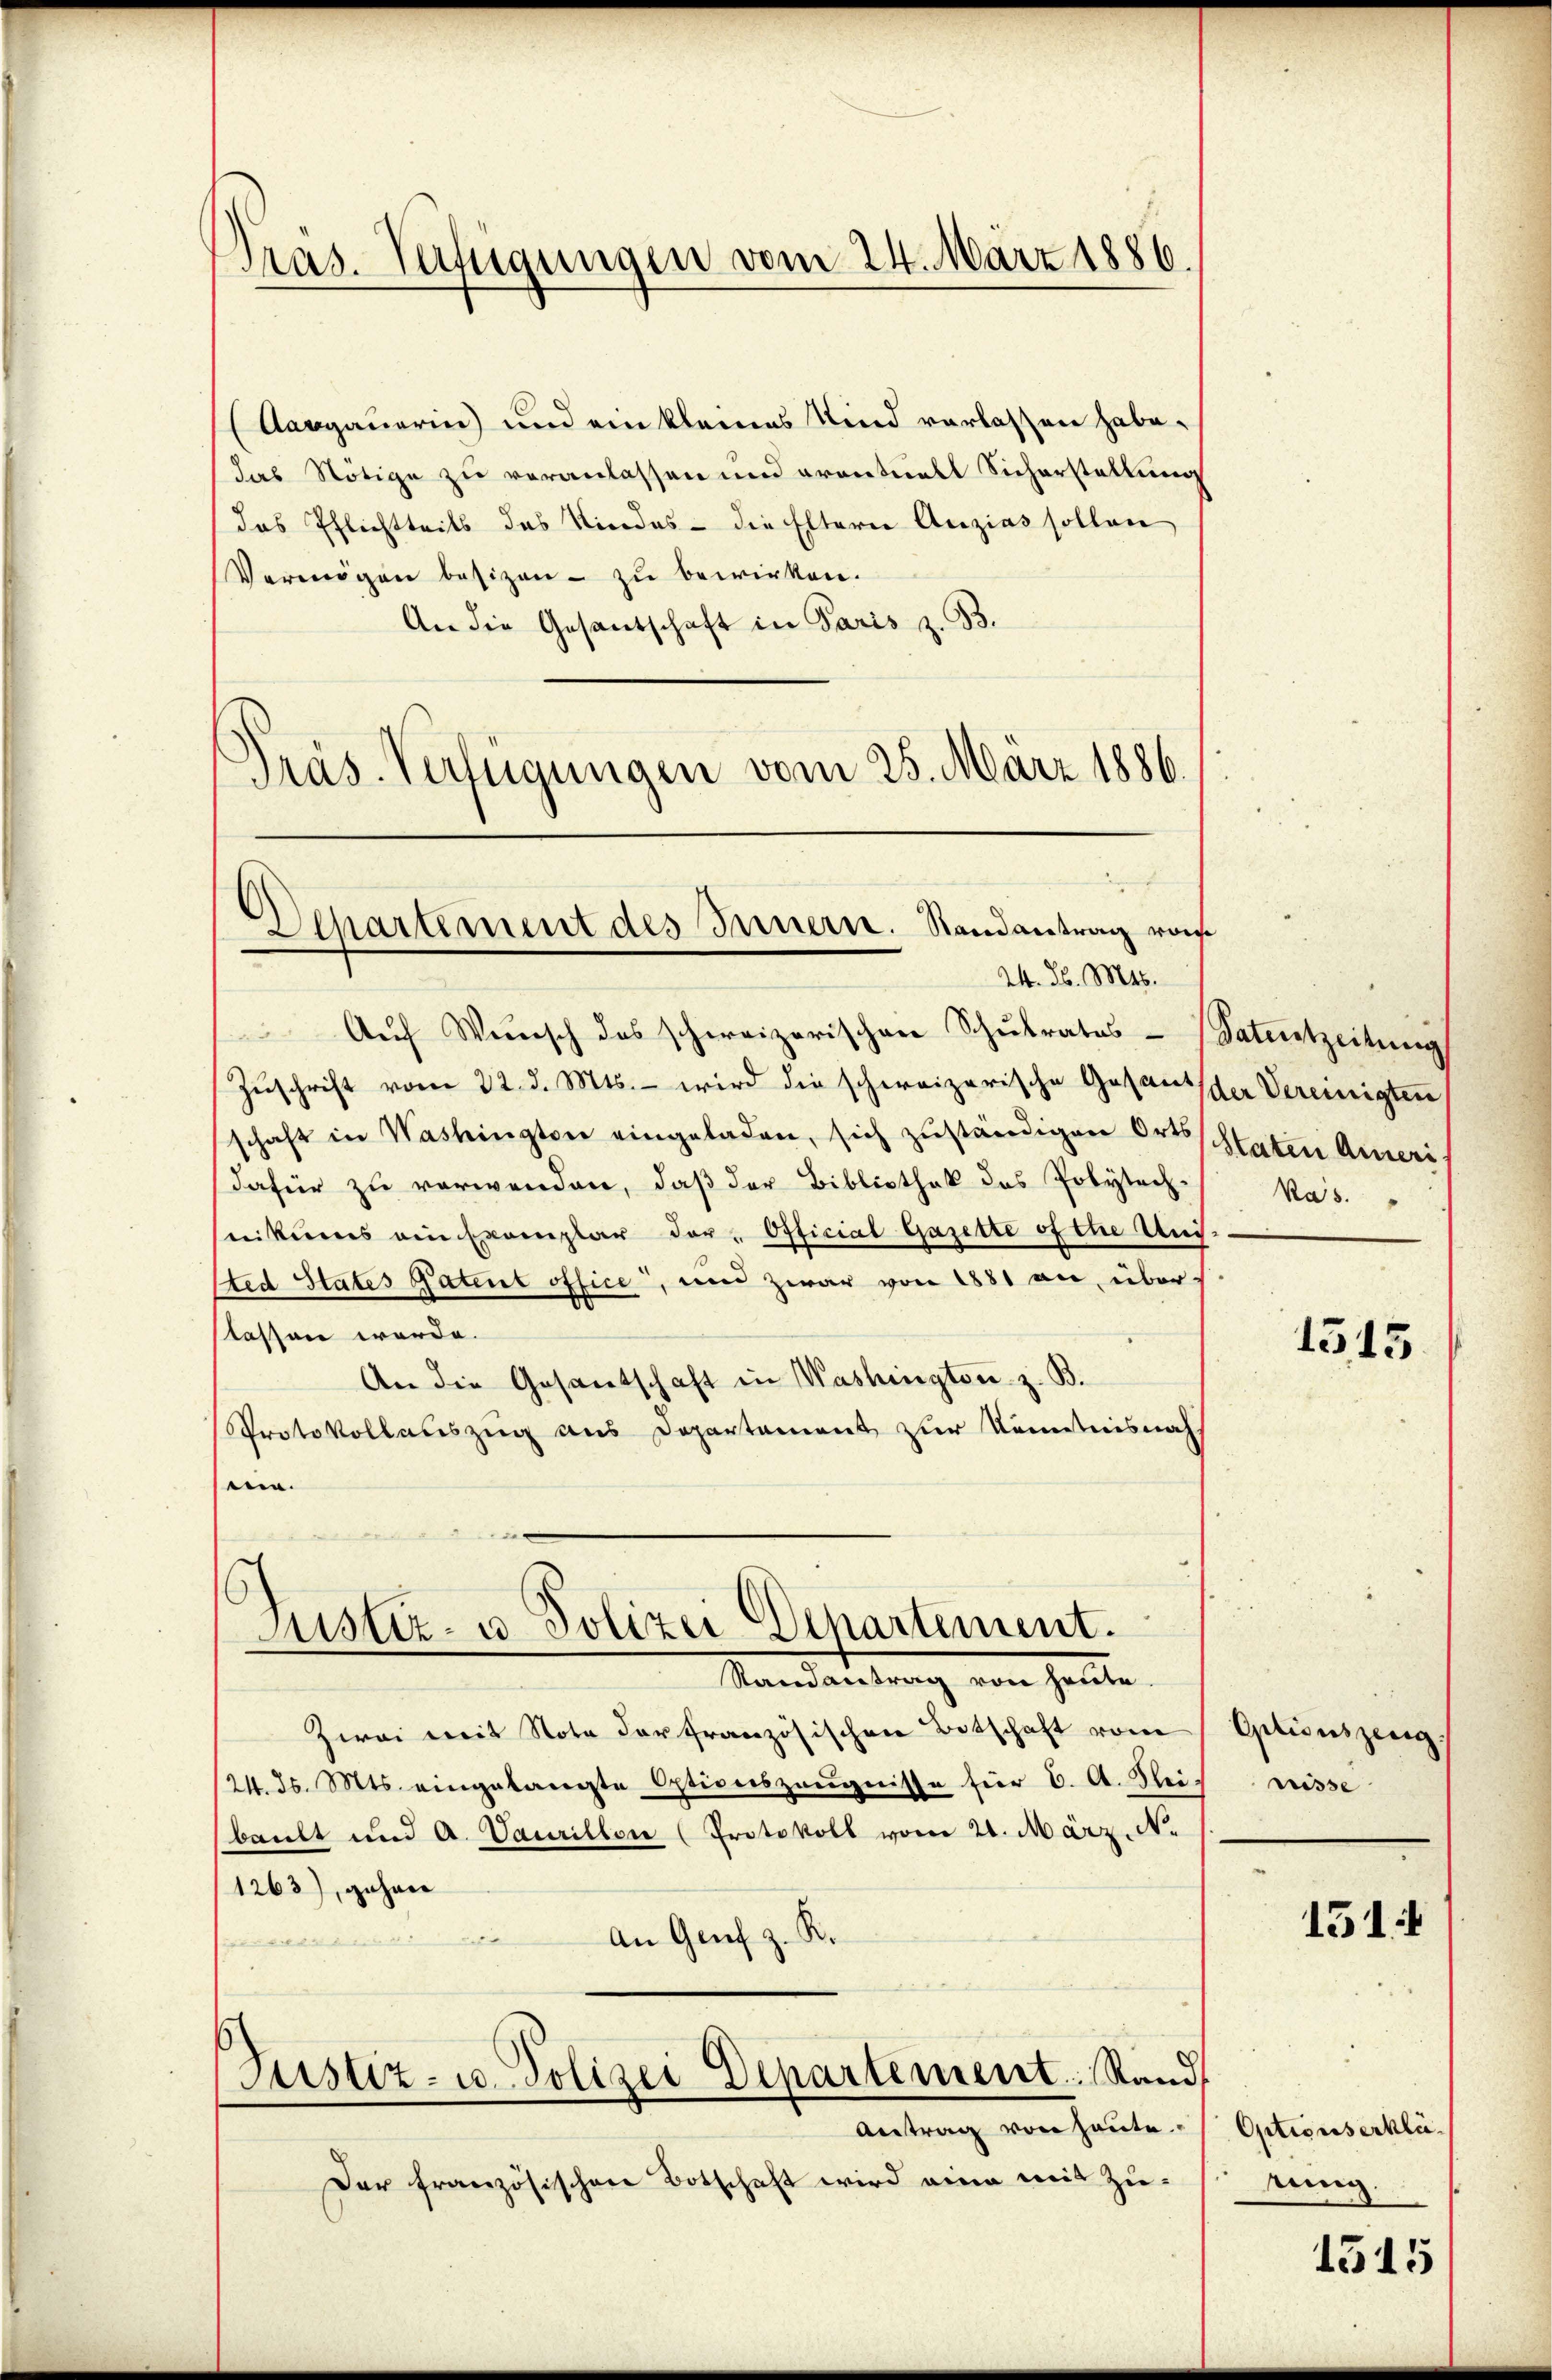
Präs. Verfügungen vom 24. März 1886.

(Aargauerin) und ein kleines Kind verlassen habe.
das Nötige zu veranlassen und eventuell Sicherstellung
das Pflichtteils des Kindes - die Eltern Anzias sollen
Vermögen besizen - zu bewirken.
An die Gesantschaft in Paris z. B.
Präs. Verfügungen vom 25. März 1886.

Departement des Innern. Randantrag ras
24. d. Mts.

Aŭf Wünsch des schweizerischen Schŭlrates Vatertzeitung
Zŭschrift vom 22. d. Mts. – wird die schweizerische Gesandtscher Vereinigten
schaft in Washingten eingeladen, sich zŭständigen Orts
dafür zu verwenden, daß der Bibliothek des Polytechnikums ein Exemplar der Official Gazette ofthe Uni
sted States Patent office, und zwar von 1881 an, überslassen werde.
An die Gesantschaft in Washington z. B.
Protokollauszug aus Departement zur Kenntnisnah
en.
Justiz- u. Polizei Departement.
Mandauerung von heute.
Zwei mit Nota der französischen Botschaft vom
(24. d. Mts. eingelangte Optionszeŭgnisse für C. A. Flei-
bault und A. Vaurillon (Protokoll vom 21. März. No
1263), gehen
An Genf z. R.
f
edit den |
Justiz- u. Polizei Departement. Rand
Antrag von heute.
Der französischen Botschaft wird eine mit Zu¬

Staten Ameri
Kas.

1515

Eptionszeug.
nisse

1514

Optionserklä
einig

1515